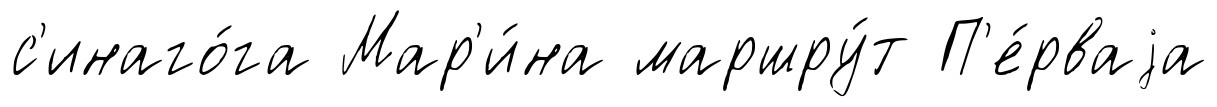
с'инаго́га Мар'и́на маршру́т П'е́рваjа